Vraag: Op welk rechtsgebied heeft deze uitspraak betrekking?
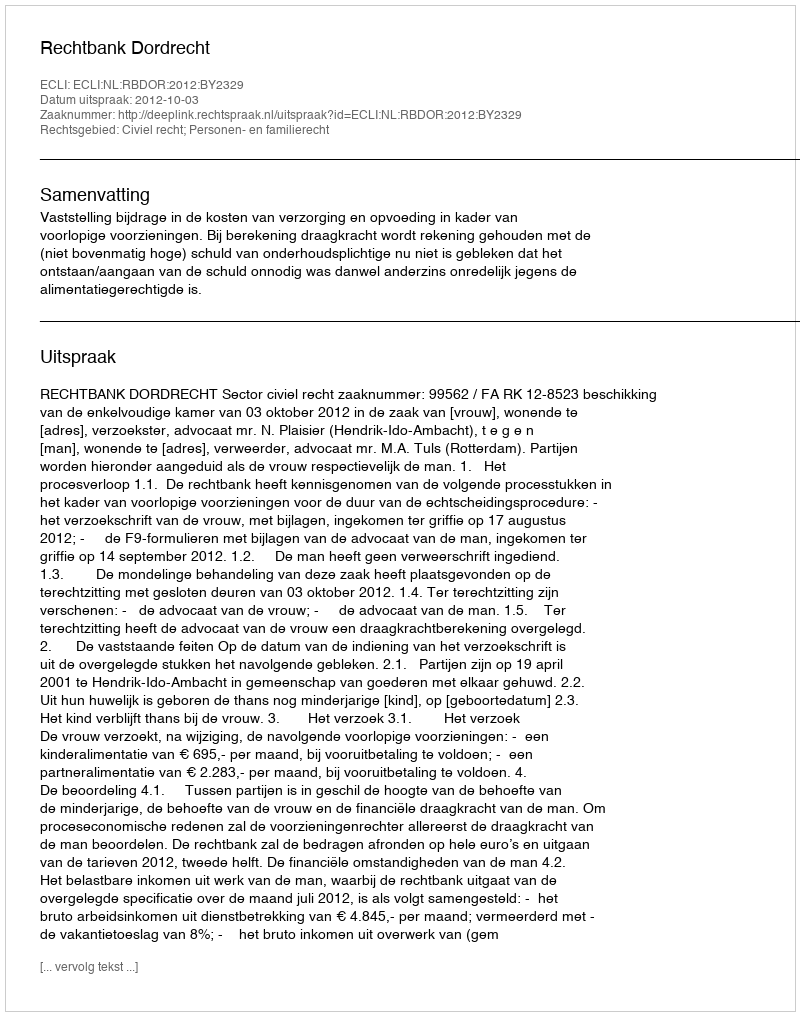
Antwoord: Civiel recht; Personen- en familierecht